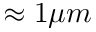
\approx 1 \mu m